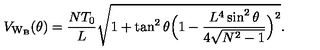
V _ { \mathrm { W _ { B } } } ( \theta ) = \frac { N T _ { 0 } } { L } \sqrt { 1 + \tan ^ { 2 } { \theta } \Bigl ( 1 - \frac { L ^ { 4 } \sin ^ { 2 } { \theta } } { 4 \sqrt { N ^ { 2 } - 1 } } \Bigr ) ^ { 2 } } .